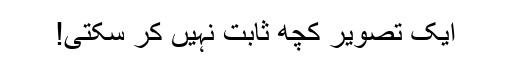
ایک تصویر کچھ ثابت نہیں کر سکتی!